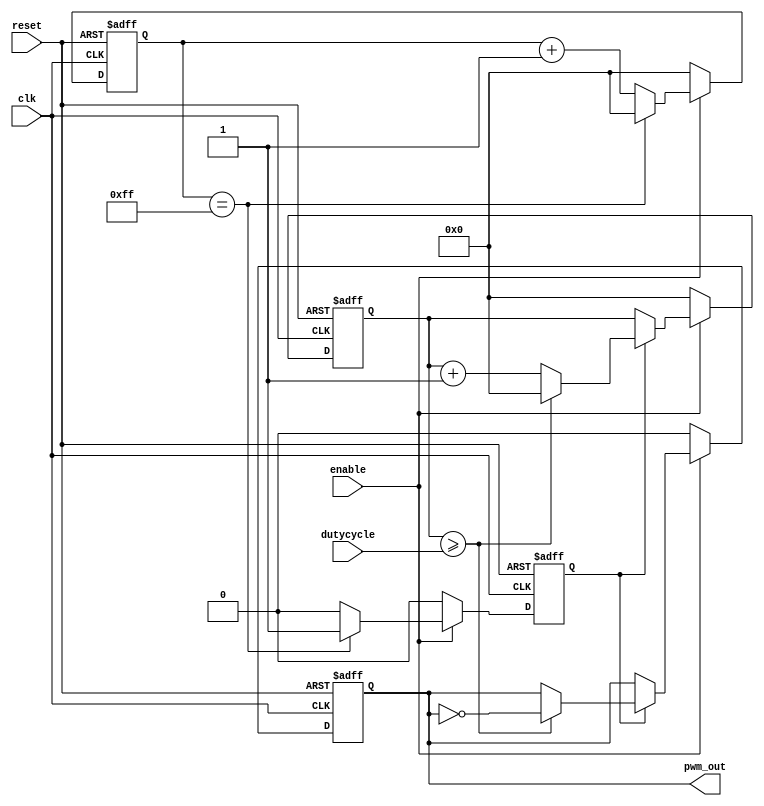
module PWM_Pulse_Generator(
    input wire clk,
    input wire reset,
    input wire enable,
    input wire [7:0] dutycycle,
    output reg pwm_out
);

reg [7:0] count;
reg enable_sync;
reg [7:0] width_count;

always @(posedge clk or posedge reset) begin
    if(reset) begin
        count <= 8'b0;
        enable_sync <= 1'b0;
        width_count <= 8'b0;
        pwm_out <= 1'b0;
    end else begin
        if(enable) begin
            if(count == 8'd255) begin
                count <= 8'b0;
                enable_sync <= 1'b1;
            end else begin
                count <= count + 8'd1;
                enable_sync <= 1'b0;
            end
            
            if(enable_sync) begin
                width_count <= width_count + 8'd1;
                if(width_count >= dutycycle) begin
                    width_count <= 8'b0;
                    pwm_out <= ~pwm_out;
                end
            end
        end else begin
            count <= 8'b0;
            enable_sync <= 1'b0;
            width_count <= 8'b0;
            pwm_out <= 1'b0;
        end
    end
end

endmodule